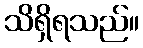
သိရှိရသည်။